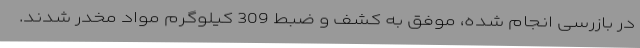
در بازرسی انجام شده، موفق به کشف و ضبط 309 کیلوگرم مواد مخدر شدند.